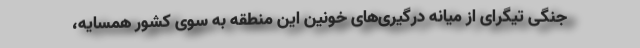
جنگی تیگرای از میانه درگیری‌های خونین این منطقه به سوی کشور همسایه،